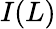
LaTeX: I(L)